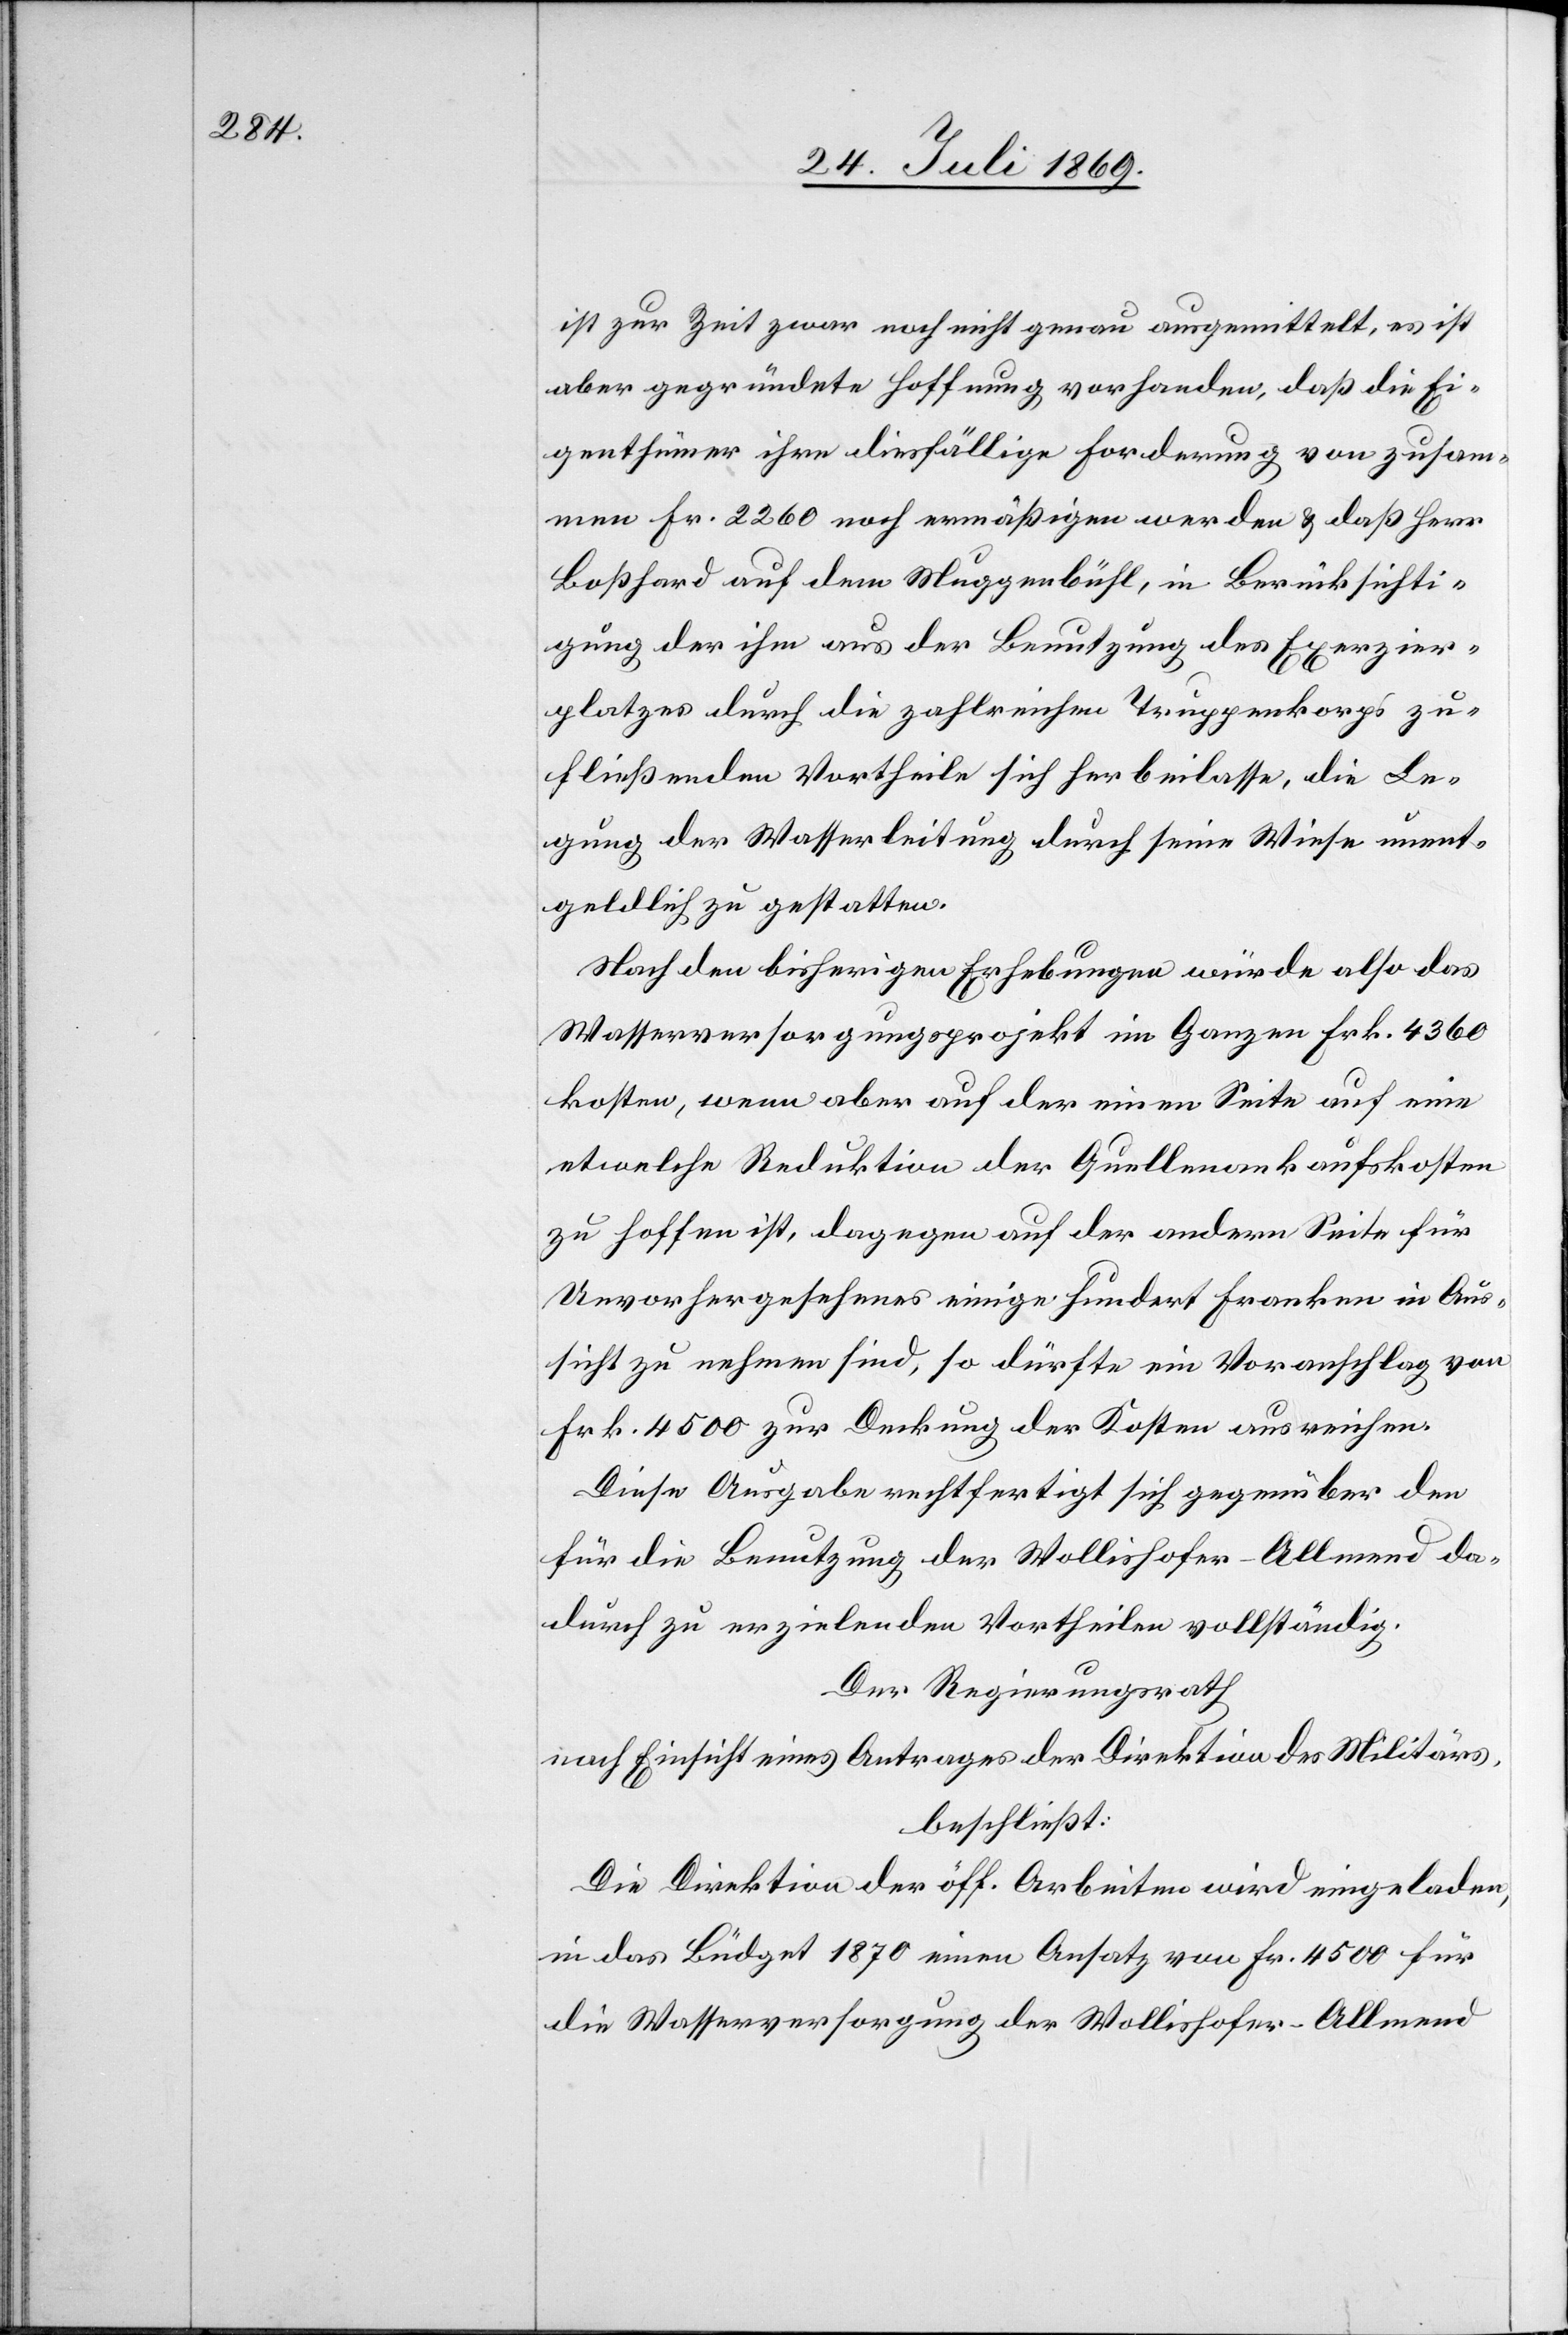
ist zur Zeit zwar noch nicht genau ausgemittelt, es ist
aber gegründete Hoffnung vorhanden, daß die Ei¬
genthümer ihre diesfällige Forderung von zusam¬
men Fr. 2260 noch ermäßigen werden u. daß Herr
Boßhard auf dem Müggenbühl, in Berücksichti¬
gung der ihm aus der Benutzung des Exerzier¬
platzes durch die zahlreichen Truppenkorps zu¬
fließenden Vortheile sich herbeilasse, die Le¬
gung der Wasserleitung durch seine Wiese unent¬
geldlich zu gestatten.
Nach den bisherigen Erhebungen würde also das
Wasserversorgungsprojekt im Ganzen Frk. 4360
kosten, wenn aber auf der einen Seite auf eine
etwelche Reduktion der Quellenankaufskosten
zu hoffen ist, dagegen auf der andern Seite für
Unvorhergesehenes einige hundert Franken in Aus¬
sicht zu nehmen sind, so dürfte ein Voranschlag von
Frk. 4500 zur Deckung der Kosten ausreichen.
Diese Ausgabe rechtfertigt sich gegenüber den
für die Benutzung der Wollishofer-Allmend da¬
durch zu erzielenden Vortheilen vollständig.
Der Regierungsrath
nach Einsicht eines Antrages der Direktion des Militärs,
beschließt:
Die Direktion der öff. Arbeiten wird eingeladen,
in das Büdget 1870 einen Ansatz von Fr. 4500 für
die Wasserversorgung der Wollishofer-Allmend